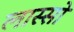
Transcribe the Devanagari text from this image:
लास्सो